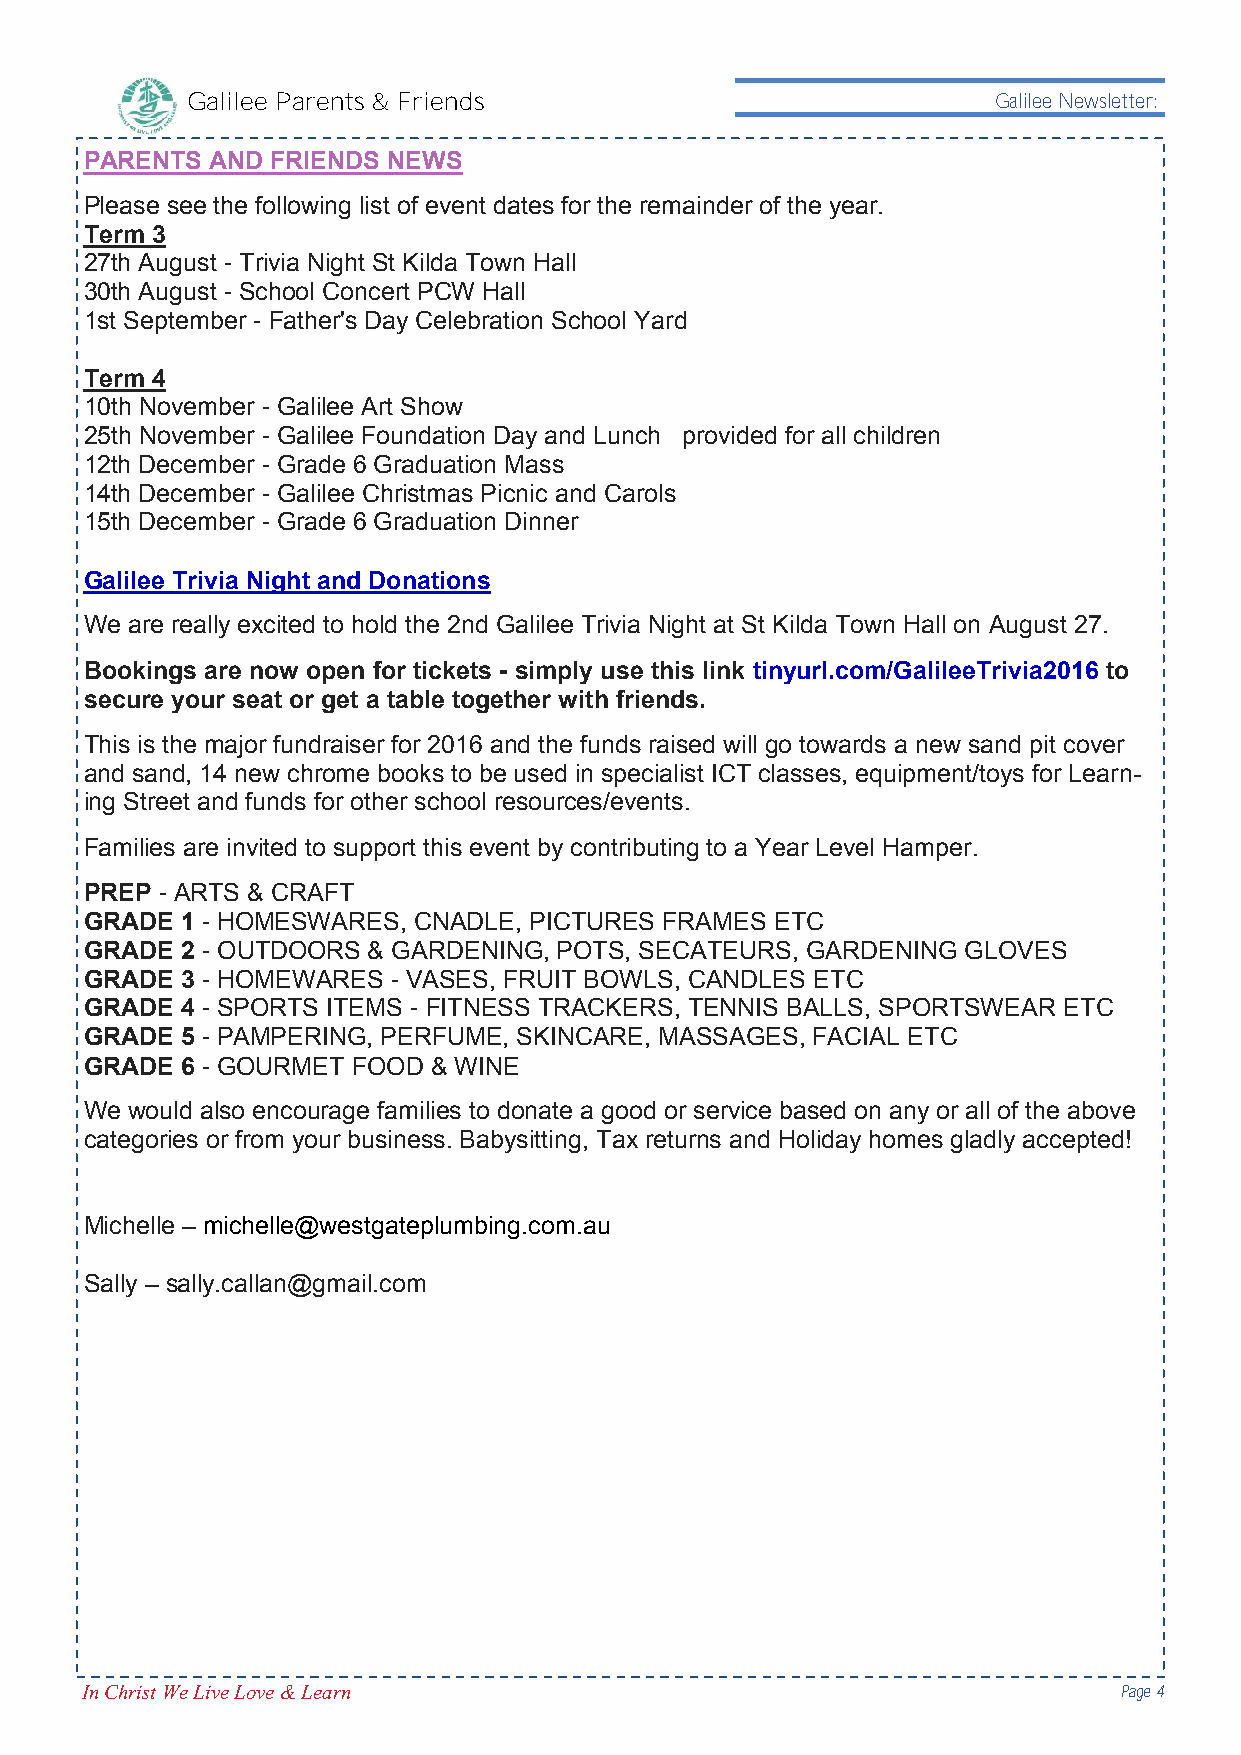
Galilee Parents & Friends                             Galilee Newsletter:
 PARENTS AND FRIENDS NEWS
 Please see the following list of event dates for the remainder of the year.
 Term 3
 27th August - Trivia Night St Kilda Town Hall
 30th August - School Concert PCW Hall
 1st September - Father's Day Celebration School Yard
 Term 4
 10th November - Galilee Art Show
 25th November - Galilee Foundation Day and Lunch provided for all children
 12th December - Grade 6 Graduation Mass
 14th December - Galilee Christmas Picnic and Carols
 15th December - Grade 6 Graduation Dinner
 Galilee Trivia Night and Donations
 We are really excited to hold the 2nd Galilee Trivia Night at St Kilda Town Hall on August 27.
 Bookings are now open for tickets - simply use this link tinyurl.com/GalileeTrivia2016 to
 secure your seat or get a table together with friends.
 This is the major fundraiser for 2016 and the funds raised will go towards a new sand pit cover
 and sand, 14 new chrome books to be used in specialist ICT classes, equipment/toys for Learn-
 ing Street and funds for other school resources/events.
 Families are invited to support this event by contributing to a Year Level Hamper.
 PREP - ARTS & CRAFT
 GRADE 1 - HOMESWARES, CNADLE, PICTURES FRAMES ETC
 GRADE 2 - OUTDOORS & GARDENING, POTS, SECATEURS, GARDENING GLOVES
 GRADE 3 - HOMEWARES - VASES, FRUIT BOWLS, CANDLES ETC
 GRADE 4 - SPORTS ITEMS - FITNESS TRACKERS, TENNIS BALLS, SPORTSWEAR ETC
 GRADE 5 - PAMPERING, PERFUME, SKINCARE, MASSAGES, FACIAL ETC
 GRADE 6 - GOURMET FOOD & WINE
 We would also encourage families to donate a good or service based on any or all of the above
 categories or from your business. Babysitting, Tax returns and Holiday homes gladly accepted!
 Michelle – michelle@westgateplumbing.com.au
 Sally – sally.callan@gmail.com
 In Christ We Live Love & Learn                                       Page 4